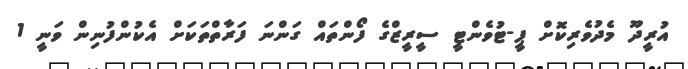
އުރީދޫ މެދުވެރިކޮށް ޕީ-ޓުވެންޓީ ސީރީޒްގެ ފޯންތައް ގަންނަ ފަރާތްތަކަށް އެކުންފުނިން ވަނީ 1